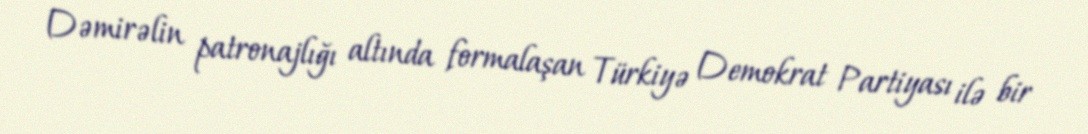
Dəmirəlin patronajlığı altında formalaşan Türkiyə Demokrat Partiyası ilə bir